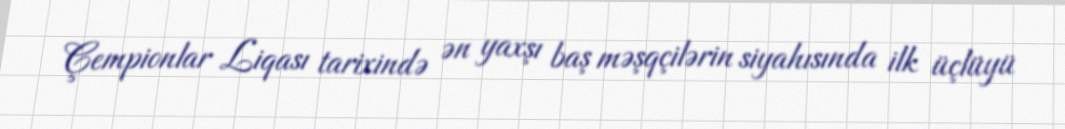
Çempionlar Liqası tarixində ən yaxşı baş məşqçilərin siyahısında ilk üçlüyü